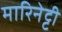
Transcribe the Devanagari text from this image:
मारिनेट्टी